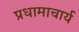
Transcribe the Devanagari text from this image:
प्रधामाचार्य